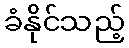
ခံနိုင်သည့်